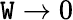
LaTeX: \mathtt{W}\to0